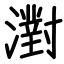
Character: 濧